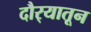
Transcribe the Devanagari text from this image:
दौर्‍यातून